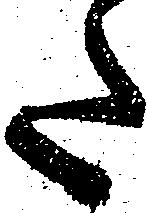
た